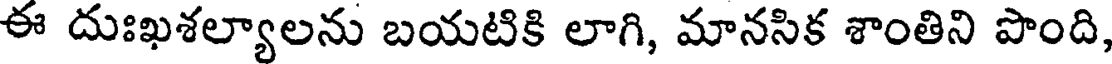
ఈ దుఃఖశల్యాలను బయటికి లాగి, మానసిక శాంతిని పొంది,